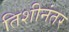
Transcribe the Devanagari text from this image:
तिशीनंतर